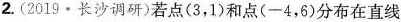
2.(2019·长沙调研)若点(3，1)和点(-4，6)分布在直线